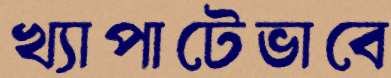
খ্যাপাটেভাবে